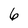
Character: 6